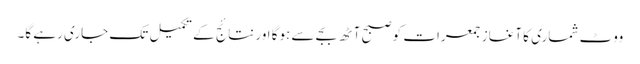
ووٹ شماری کا آغاز جمعرات کو صبح آٹھ بجے سے ہوگا اور نتائج کے تکمیل تک جاری رہے گا۔